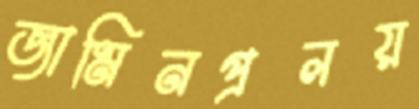
জামিনপ্রলয়